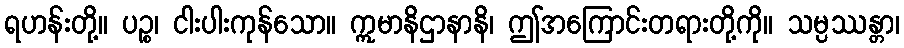
ရဟန်းတို့။ ပဉ္စ၊ ငါးပါးကုန်သော။ ဣမာနိဌာနာနိ၊ ဤအကြောင်းတရားတို့ကို။ သမ္ပဿန္တာ၊